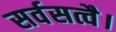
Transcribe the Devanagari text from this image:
सर्वसत्वै।